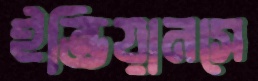
ইন্ডিয়ানসে